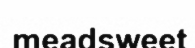
meadsweet